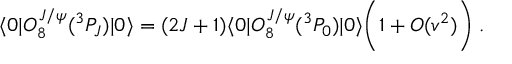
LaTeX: \langle 0 | { \cal O } _ { 8 } ^ { J / \psi } ( { } ^ { 3 } P _ { J } ) | 0 \rangle = ( 2 J + 1 ) \langle 0 | { \cal O } _ { 8 } ^ { J / \psi } ( { } ^ { 3 } P _ { 0 } ) | 0 \rangle \bigg ( 1 + O ( v ^ { 2 } ) \bigg ) \; .